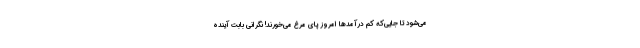
می‌شود تا جایی‌که کم درآمدها امروز پای مرغ می‌خورند! نگرانی بابت آینده